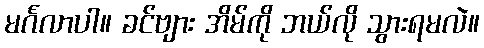
မင်္ဂလာပါ။ ခင်ဗျား အိမ်ကို ဘယ်လို သွားရမလဲ။